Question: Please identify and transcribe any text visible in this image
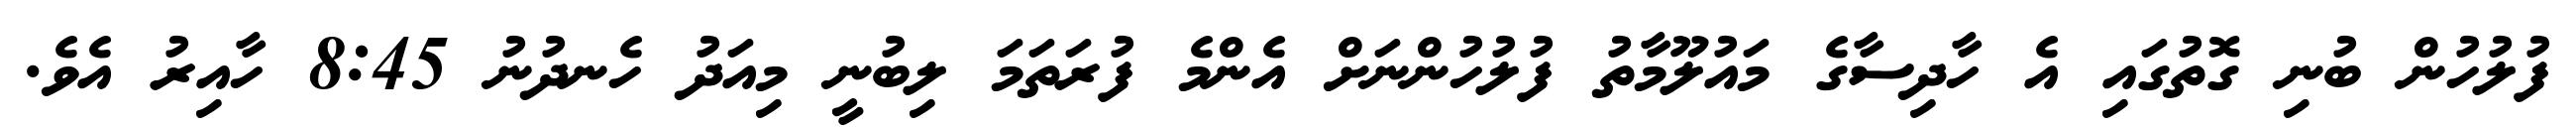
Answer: ފުލުހުން ބުނި ގޮތުގައި އެ ހާދިސާގެ މައުލޫމާތު ފުލުހުންނަށް އެންމެ ފުރަތަމަ ލިބުނީ މިއަދު ހެނދުނު 8:45 ހާއިރު އެވެ.